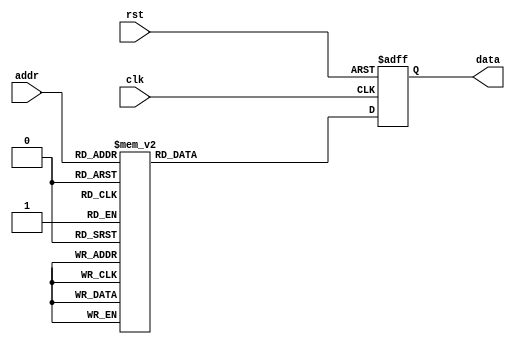

module gemm1L (
    input         clk,
    input         rst,

    input  [7:0]  addr,
    output [47:0] data
);

reg [47:0] out;
always @(posedge clk or posedge rst) begin
    if (rst) begin
        out <= 0;
    end
    else begin        
        case (addr)
            8'd0 : begin out <= 48'b101100111000100000110101000001111001110111100111; end
            8'd1 : begin out <= 48'b101101110111100010110110110100111011010110011111; end
            8'd2 : begin out <= 48'b101110000010110000111001100010011011000010100100; end
            8'd3 : begin out <= 48'b101100001010010100110000000001100011001000101011; end
            8'd4 : begin out <= 48'b001110001101111100101111111000111011100101100111; end
            8'd5 : begin out <= 48'b001101111011110000101100110110001011001011001011; end
            8'd6 : begin out <= 48'b101110001011001100110110010011100010011101001110; end
            8'd7 : begin out <= 48'b101100010000000000111000100100111011010010000110; end
            8'd8 : begin out <= 48'b101011010100110100110111111110101010111100100001; end
            8'd9 : begin out <= 48'b101110011010000100110110001111001011000010001101; end
            8'd10 : begin out <= 48'b101011111110110000110101001101111011100011010111; end
            8'd11 : begin out <= 48'b001010010100101010111000010101001011100110100110; end
            8'd12 : begin out <= 48'b001000010010110010110010001100001010110110110111; end
            8'd13 : begin out <= 48'b101100100001100010110001101100010011100011000001; end
            8'd14 : begin out <= 48'b101101001000010110110011011001110011100100011101; end
            8'd15 : begin out <= 48'b101101010100010010110001110000011011100101100101; end
            8'd16 : begin out <= 48'b101110000001001010111000110101110011011110001010; end
            8'd17 : begin out <= 48'b001110000001110110110010001000011011100001011000; end
            8'd18 : begin out <= 48'b101010110011001100110111110101111011011111000100; end
            8'd19 : begin out <= 48'b001100110011110010110100101000000011010000110110; end
            8'd20 : begin out <= 48'b101100101110111110110100111011000010100100101001; end
            8'd21 : begin out <= 48'b101101100010001010101111011110101011100101101101; end
            8'd22 : begin out <= 48'b001101000011100100101010101010001011100100001110; end
            8'd23 : begin out <= 48'b101101111010000010111001010011011011011010011000; end
            8'd24 : begin out <= 48'b101101100111001110110100001010011011100001110101; end
            8'd25 : begin out <= 48'b001110010111101010111000001110101011011000001001; end
            8'd26 : begin out <= 48'b001101011011100000101110101101001011000110000101; end
            8'd27 : begin out <= 48'b001101111000100100101010111100010010110010101101; end
            8'd28 : begin out <= 48'b101100010110100000110000000001001011001001111111; end
            8'd29 : begin out <= 48'b001100110110011100110100001110101010000001101011; end
            8'd30 : begin out <= 48'b101010101100110000111000011000100011100101010110; end
            8'd31 : begin out <= 48'b001110011001010110111000111000011010111000010011; end
            8'd32 : begin out <= 48'b101110001001111100110101010010001010111010001001; end
            8'd33 : begin out <= 48'b101101110100010110111000011101000011100101110100; end
            8'd34 : begin out <= 48'b101101110000011100110100110111111010111000111100; end
            8'd35 : begin out <= 48'b101100001111100010110010100010101010110011100000; end
            8'd36 : begin out <= 48'b001100000011110100110111111110000011000010110011; end
            8'd37 : begin out <= 48'b001011001100101100110101000100011011100010110100; end
            8'd38 : begin out <= 48'b101100000111001100110100100101111010101101010111; end
            8'd39 : begin out <= 48'b001101010111000100110100101011000010011100100111; end
            8'd40 : begin out <= 48'b100100011101101110110111000110000011011010100111; end
            8'd41 : begin out <= 48'b001101100101010100110111101001111011011010011000; end
            8'd42 : begin out <= 48'b101110001000010000101000001111000011001110011001; end
            8'd43 : begin out <= 48'b101100101010000000110011001111100011100011101011; end
            8'd44 : begin out <= 48'b101010100011101100110110011110001010110011110110; end
            8'd45 : begin out <= 48'b101001011100011110110001000011001010100001010111; end
            8'd46 : begin out <= 48'b101101100001001000110111110010001011100000100110; end
            8'd47 : begin out <= 48'b001101010111101100111000000011010011100100001000; end
            8'd48 : begin out <= 48'b101010011010011000110110110111001011010000011111; end
            8'd49 : begin out <= 48'b001001000101000010110001001101000011010000101110; end
            8'd50 : begin out <= 48'b001101011100001100110000010110010011001111000110; end
            8'd51 : begin out <= 48'b001101000011011110110000011100001011100011111001; end
            8'd52 : begin out <= 48'b001101101101101110110101010001001011010110101111; end
            8'd53 : begin out <= 48'b101110010100001110011101101011111011010000101101; end
            8'd54 : begin out <= 48'b101011101001011000101111101001010011011100111001; end
            8'd55 : begin out <= 48'b001101100010110100110101010010000011011100111111; end
            8'd56 : begin out <= 48'b001101100111110100110101010101101010100010101010; end
            8'd57 : begin out <= 48'b001100111001010010110011010011110011100011001000; end
            8'd58 : begin out <= 48'b001001100011110010110101100010010011100011010011; end
            8'd59 : begin out <= 48'b101011111010110000110011000100101011010100110010; end
            8'd60 : begin out <= 48'b101010010111111000100101011011110001101011000101; end
            8'd61 : begin out <= 48'b101010100110011100110010011101010011100011001000; end
            8'd62 : begin out <= 48'b001101101111101100111001100111010011100000101101; end
            8'd63 : begin out <= 48'b101101110000101000111001100110010011010011000110; end
            8'd64 : begin out <= 48'b101101000010101010101110110000110010001111110100; end
            8'd65 : begin out <= 48'b001101001010100110100101010101010011000011010111; end
            8'd66 : begin out <= 48'b001110000111001110111001010101000011011101100001; end
            8'd67 : begin out <= 48'b100101000000111100111000010101100011100011011100; end
            8'd68 : begin out <= 48'b001110000100011010111001100011110011011011101010; end
            8'd69 : begin out <= 48'b001101011011100000101100100100111011010011010001; end
            8'd70 : begin out <= 48'b001101001111100110110101101011111011011000010010; end
            8'd71 : begin out <= 48'b101110000011101010100000010010010011001010011010; end
            8'd72 : begin out <= 48'b001110000110101000110000101000110011100010100000; end
            8'd73 : begin out <= 48'b101101111101111100110001000010110011001000011010; end
            8'd74 : begin out <= 48'b001101011110110010111000100100000011100010010010; end
            8'd75 : begin out <= 48'b001100010110100000111001010100110010111001111011; end
            8'd76 : begin out <= 48'b101110001101111010110110110111010011011101110110; end
            8'd77 : begin out <= 48'b001110001110111010111000111000001011100101010000; end
            8'd78 : begin out <= 48'b101110010101000100110001100001110011011011010101; end
            8'd79 : begin out <= 48'b101100000101110100111001000110011010101111111001; end
            8'd80 : begin out <= 48'b001100111001001010111000001010101011010111011011; end
            8'd81 : begin out <= 48'b101110000011011110110100110110001010010010101111; end
            8'd82 : begin out <= 48'b001110001110000110110110111110100011011011010000; end
            8'd83 : begin out <= 48'b101100110110000000110111101110110011010100110000; end
            8'd84 : begin out <= 48'b101011100011100100101100001110000011100000111001; end
            8'd85 : begin out <= 48'b001101101100000100110011011010010011000011111101; end
            8'd86 : begin out <= 48'b001110000001010000111001010111110011001001000001; end
            8'd87 : begin out <= 48'b101001101010110000110110001001110011100100100010; end
            8'd88 : begin out <= 48'b101101001100101000110100101010001011100110100101; end
            8'd89 : begin out <= 48'b001100001100110010111000111010001011010101010100; end
            8'd90 : begin out <= 48'b101110010100010110110101110100000010001010100011; end
            8'd91 : begin out <= 48'b101100111001100000101110111101011011100110100000; end
            8'd92 : begin out <= 48'b101100010101011010101111000010000010111101010000; end
            8'd93 : begin out <= 48'b101010110011001010110111111001000011100100110111; end
            8'd94 : begin out <= 48'b001110000101101100110100011110100011010100110010; end
            8'd95 : begin out <= 48'b101110011000101010110110010001110011010111101111; end
            8'd96 : begin out <= 48'b001110001110100000110100001000010011010010101010; end
            8'd97 : begin out <= 48'b001110011000011100110101101100111011100000101101; end
            8'd98 : begin out <= 48'b001101011001011010110110010111110011011010001111; end
            8'd99 : begin out <= 48'b101110011000101100110010000110110011000111001011; end
            8'd100 : begin out <= 48'b101101010111111010110100101001111011010001011010; end
            8'd101 : begin out <= 48'b101011101110011010110010010110100010100101000101; end
            8'd102 : begin out <= 48'b001011001001111000111001011011100011100011001001; end
            8'd103 : begin out <= 48'b101100011110000010111001011100101011100011110110; end
            8'd104 : begin out <= 48'b101110010100111100111000110100100011011101101101; end
            8'd105 : begin out <= 48'b101110001110110110111000011101110011010000100101; end
            8'd106 : begin out <= 48'b001100110011000010110001001110001010111100011100; end
            8'd107 : begin out <= 48'b001100110111101100101011100110100011100100111110; end
            8'd108 : begin out <= 48'b001100010001111010110100100111010011000001001011; end
            8'd109 : begin out <= 48'b001110001101011010110110111001011011010011100111; end
            8'd110 : begin out <= 48'b101101000111111100110010100011101011000110110001; end
            8'd111 : begin out <= 48'b001110000101101010110000000111010011000110101100; end
            8'd112 : begin out <= 48'b001100101001010110101110011100011011100101100000; end
            8'd113 : begin out <= 48'b101011100011000100111000100010111011011110101001; end
            8'd114 : begin out <= 48'b101100011110101010111000001100000010110001001110; end
            8'd115 : begin out <= 48'b001110000111110100111000100111110011100100110010; end
            8'd116 : begin out <= 48'b001011011110101010110001000111101011001100100111; end
            8'd117 : begin out <= 48'b101101100111010000110100010111001010111011100100; end
            8'd118 : begin out <= 48'b001101111110111010110010011010101011001010001100; end
            8'd119 : begin out <= 48'b001101010001110110110111001100000010011100011001; end
            8'd120 : begin out <= 48'b101110011001111010110101010111111011001010110000; end
            8'd121 : begin out <= 48'b001110001111111010110001000110111011100101111111; end
            8'd122 : begin out <= 48'b001011001110100100111001101000001011010010001010; end
            8'd123 : begin out <= 48'b101011111000011010110101101010111010111111000001; end
            8'd124 : begin out <= 48'b001010111001110010111001000010000011100101100001; end
            8'd125 : begin out <= 48'b101001111010000110110100000010111011100010011100; end
            8'd126 : begin out <= 48'b001011101110001010111001100000101011100011000001; end
            8'd127 : begin out <= 48'b001110000001001000110011110000101011001000011010; end
            8'd128 : begin out <= 48'b101101101110110010110011011011110011010101001100; end
            8'd129 : begin out <= 48'b001110010011100010111000000101011011001110110111; end
            8'd130 : begin out <= 48'b101011101111001000110010000010000011100100101011; end
            8'd131 : begin out <= 48'b101110001100101010110100101101001011010111111000; end
            8'd132 : begin out <= 48'b101110000100110010110101110100010011100000001100; end
            8'd133 : begin out <= 48'b101011100010000110110111101001001011010010011011; end
            8'd134 : begin out <= 48'b001011010001100110111001011111110011001010010011; end
            8'd135 : begin out <= 48'b001100111100111110110100001110010011100001000000; end
            8'd136 : begin out <= 48'b101101001011000010111000111111101011100000100010; end
            8'd137 : begin out <= 48'b101101100101100010110110001111101011100110010100; end
            8'd138 : begin out <= 48'b001110000110000010110100111001110011011001111010; end
            8'd139 : begin out <= 48'b101110001111100010111000100100010011100000011010; end
            8'd140 : begin out <= 48'b101101001001011110100011001001111011100000011011; end
            8'd141 : begin out <= 48'b001110011000101000110100011110011011010111110011; end
            8'd142 : begin out <= 48'b001101110100100000111001000111100010100111000010; end
            8'd143 : begin out <= 48'b101101110010111000110010110111011010010010101100; end
            8'd144 : begin out <= 48'b001110001110110100101001110110111011011111001111; end
            8'd145 : begin out <= 48'b001100101100110110101101011000111011011101010010; end
            8'd146 : begin out <= 48'b001100101111000100110011111101110011011111010101; end
            8'd147 : begin out <= 48'b001101001000000110111000000000011011010010010101; end
            8'd148 : begin out <= 48'b001110010110010010110011111101000011010010100001; end
            8'd149 : begin out <= 48'b101101011001100000111001010001010011001111011101; end
            8'd150 : begin out <= 48'b001011011011100010101010000000100010111111011011; end
            8'd151 : begin out <= 48'b101010100001001010101000001110100011100000101111; end
            8'd152 : begin out <= 48'b001100001111001100101111001110011011001010110110; end
            8'd153 : begin out <= 48'b101110000010100000101000000111010011011101101101; end
            8'd154 : begin out <= 48'b001110010010001110110000101010011011100100111101; end
            8'd155 : begin out <= 48'b001110001101001010110110011000100011010001011111; end
            8'd156 : begin out <= 48'b101100110110101100101101011110111011100100101001; end
            8'd157 : begin out <= 48'b001101111011111110111000001001001010100000011010; end
            8'd158 : begin out <= 48'b001101001111111010101100001011010010010010101001; end
            8'd159 : begin out <= 48'b101110011010010000101011111111011011001100100010; end
            8'd160 : begin out <= 48'b001110010001001010111001000111111011010101010110; end
            8'd161 : begin out <= 48'b101100001100111110110110111010001011010110100100; end
            8'd162 : begin out <= 48'b001101100111001110110000010111110011100010100100; end
            8'd163 : begin out <= 48'b001100001110101110110110100101001011100110010110; end
            8'd164 : begin out <= 48'b001100100100100100110101100000100011010000100000; end
            8'd165 : begin out <= 48'b101110000000110110110110111000010011100001111001; end
            8'd166 : begin out <= 48'b101110001001101000100111111111100011100100011011; end
            8'd167 : begin out <= 48'b001110010110001110111001011011100011100000110000; end
            8'd168 : begin out <= 48'b101101111111000000110101111000100011010010100110; end
            8'd169 : begin out <= 48'b101110001010001010111000100000111011001101111101; end
            8'd170 : begin out <= 48'b001011111100111010110100110100110011010011100100; end
            8'd171 : begin out <= 48'b101100110011000100101000010110001011010100000110; end
            8'd172 : begin out <= 48'b001110000011001010110101110101001011000101110111; end
            8'd173 : begin out <= 48'b101110000100000110101011111100011011000011010001; end
            8'd174 : begin out <= 48'b001110010001000100110100110110110011100101001111; end
            8'd175 : begin out <= 48'b001110001001100000111000001110110011100000110010; end
            8'd176 : begin out <= 48'b101110001001000000111001001110010011011100001011; end
            8'd177 : begin out <= 48'b101110000001110010110110011100011011100000010100; end
            8'd178 : begin out <= 48'b101110010100100010111001010000111011100010011100; end
            8'd179 : begin out <= 48'b101010000101011010111001001010101011011101101100; end
            8'd180 : begin out <= 48'b001001110000010010101100010001011011100011011000; end
            8'd181 : begin out <= 48'b001100010101100110110010110000110011011111010010; end
            8'd182 : begin out <= 48'b001101000011100010110000000100110011100011101101; end
            8'd183 : begin out <= 48'b001101000011110100111000001011000011100001000111; end
            8'd184 : begin out <= 48'b001101001111010010111001100010101011100001111001; end
            8'd185 : begin out <= 48'b001101111011111100111001100111111011100010101111; end
            8'd186 : begin out <= 48'b001101101100111010110110110010101011011010011101; end
            8'd187 : begin out <= 48'b001101110110110000111000001100000011010110101000; end
            8'd188 : begin out <= 48'b001100000101001100101010100111001010111011000001; end
            8'd189 : begin out <= 48'b101010001101110000110000001001111011100101010101; end
            8'd190 : begin out <= 48'b101100001010011000111000110011011011010111111101; end
            8'd191 : begin out <= 48'b101110001100100000111000001000101011010000001100; end
            8'd192 : begin out <= 48'b001100010011001110110100100010111011010111111010; end
            8'd193 : begin out <= 48'b101101111011100010110111010001101011100011111011; end
            8'd194 : begin out <= 48'b101011100001101110110111110101001011011000001110; end
            8'd195 : begin out <= 48'b001010100001011100111001011010110010110000110100; end
            8'd196 : begin out <= 48'b001101010010010010111000100001000011001110111000; end
            8'd197 : begin out <= 48'b101100011011011100111000110101110011000010011010; end
            8'd198 : begin out <= 48'b001100100111101010101110011010001011011101001100; end
            8'd199 : begin out <= 48'b101101101001101110110111010111000010100010101101; end
            8'd200 : begin out <= 48'b001101000011110100101010100100100011100011110000; end
            8'd201 : begin out <= 48'b001110000111101010111001100001000011011100111000; end
            8'd202 : begin out <= 48'b001101100101110000111000000111011011010000100010; end
            8'd203 : begin out <= 48'b001110010100111010110101101011000011100011000110; end
            8'd204 : begin out <= 48'b001011110111001010110011011100111011010000100100; end
            8'd205 : begin out <= 48'b101100100101011100110010010110110011011100000011; end
            8'd206 : begin out <= 48'b101101010001010010111000111111110011100100100111; end
            8'd207 : begin out <= 48'b101100100001101010110100111110001010111100100011; end
            8'd208 : begin out <= 48'b001010010010110100100001100010000011011000111100; end
            8'd209 : begin out <= 48'b101110001110000010110100001011110011100010001110; end
            8'd210 : begin out <= 48'b001011010001001110110000010100100011010010011111; end
            8'd211 : begin out <= 48'b101110001100001110101111110111110011100011100110; end
            8'd212 : begin out <= 48'b001010110011111000111000010001111011001010000111; end
            8'd213 : begin out <= 48'b001101111100010100101101100110110011011001011010; end
            8'd214 : begin out <= 48'b001110000010000110110111011010001011001111010101; end
            8'd215 : begin out <= 48'b001100111010110010110011101011101011011101110010; end
            8'd216 : begin out <= 48'b001110010111100110110101110111101010111011100011; end
            8'd217 : begin out <= 48'b101101111100110000110100011101101011010111100111; end
            8'd218 : begin out <= 48'b101110010100000100110101011100010011100010010001; end
            8'd219 : begin out <= 48'b101101101000000000110110010110110011001000110110; end
            8'd220 : begin out <= 48'b001110010001011110110011100110000011011000011101; end
            8'd221 : begin out <= 48'b101100001101011010101101001000100011100010010110; end
            8'd222 : begin out <= 48'b101011011001100110110100110001011011010000011101; end
            8'd223 : begin out <= 48'b101110001010011110110011100001001011010010001010; end
            8'd224 : begin out <= 48'b001101010111101010110110101111000011100010000011; end
            8'd225 : begin out <= 48'b101101001100010110111001100001101011011101010101; end
            8'd226 : begin out <= 48'b001101111101011100110000101001100011100001001101; end
            8'd227 : begin out <= 48'b101110001000001010101000001101111011100101100101; end
            8'd228 : begin out <= 48'b001110001100100100111000001001000011001111110000; end
            8'd229 : begin out <= 48'b001110010110101100101110000110100011100011011111; end
            8'd230 : begin out <= 48'b001110000110000000110101111101011011011101111111; end
            8'd231 : begin out <= 48'b001110001001011110110011010010101011000110011111; end
            8'd232 : begin out <= 48'b001101100000100010101111000011111011011011001110; end
            8'd233 : begin out <= 48'b101100110010011100110101001111100011100000110011; end
            8'd234 : begin out <= 48'b101100110101101000110010010000001011011010110000; end
            8'd235 : begin out <= 48'b001110001001000100110101100010010011011111100110; end
            8'd236 : begin out <= 48'b001110010011001100111001101001001011100000111110; end
            8'd237 : begin out <= 48'b001011111010111000101101011110011011011111101011; end
            8'd238 : begin out <= 48'b101100100111011010110101000001011010011100101000; end
            8'd239 : begin out <= 48'b101101011110101100110000110001101011100110000101; end
            8'd240 : begin out <= 48'b101101101000010110110101100111011011010010111111; end
            8'd241 : begin out <= 48'b001110000111111110110100000011100010111010111000; end
            8'd242 : begin out <= 48'b001110000110111100110011101111111011100010111110; end
            8'd243 : begin out <= 48'b101011011101010100110111010011110011001001011100; end
            8'd244 : begin out <= 48'b001110000011000110110001111101100011010010010111; end
            8'd245 : begin out <= 48'b001001010001110010111001011101001011100011101011; end
            8'd246 : begin out <= 48'b001101000011111100110001000101010011011101010111; end
            8'd247 : begin out <= 48'b101011101010101000110011010001001010111000000000; end
            8'd248 : begin out <= 48'b101100000101110000111001100101000011100110011100; end
            8'd249 : begin out <= 48'b101100011101101000111001100101110011011011111101; end
            8'd250 : begin out <= 48'b101110010110000000110111110100011011011010000010; end
            8'd251 : begin out <= 48'b001101110110010010111000000000011011100001000111; end
            8'd252 : begin out <= 48'b101110011001010100110110110010000011001000111101; end
            8'd253 : begin out <= 48'b101110010010010100101000011101000011100011101010; end
            8'd254 : begin out <= 48'b101110001110011000110111001001001011011011001000; end
            8'd255 : begin out <= 48'b101110001000101010100100100101001001001110111101; end

        endcase
    end
end
assign data = out;

endmodule //gemm1L